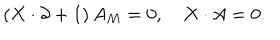
\left( X \cdot \partial + 1 \right) A _ { M } = 0 , \quad X \cdot A = 0 .